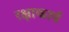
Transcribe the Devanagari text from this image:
रक्षाकार्य